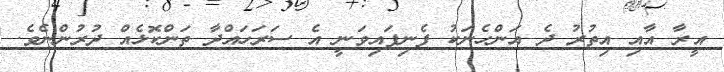
އީރާ އާއި އިތުރު ދެ އަންހެނަކު ފެނިފައިވަނީ އެ ސަރަހައްދާ ތަންކޮޅެއް ދުރުންނެވެ.